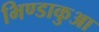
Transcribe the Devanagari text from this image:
भिण्डाकुआ